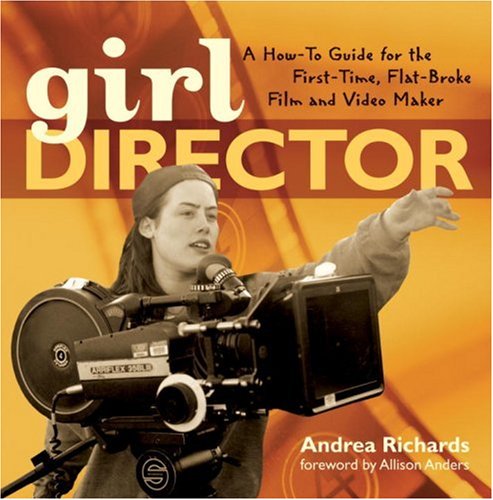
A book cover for Girl Director: A How-to Guide for the First-Time, Flat-Broke Film and Video Maker; Andrea Richards; Humor & Entertainment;